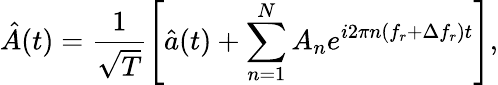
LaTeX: \hat{A}(t)=\frac{1}{\sqrt T}\left[\hat{a}(t)+\sum_{n=1}^{N}A_{n}e^{i2\pi n(f_{r}+\Delta f_{r})t}\right],